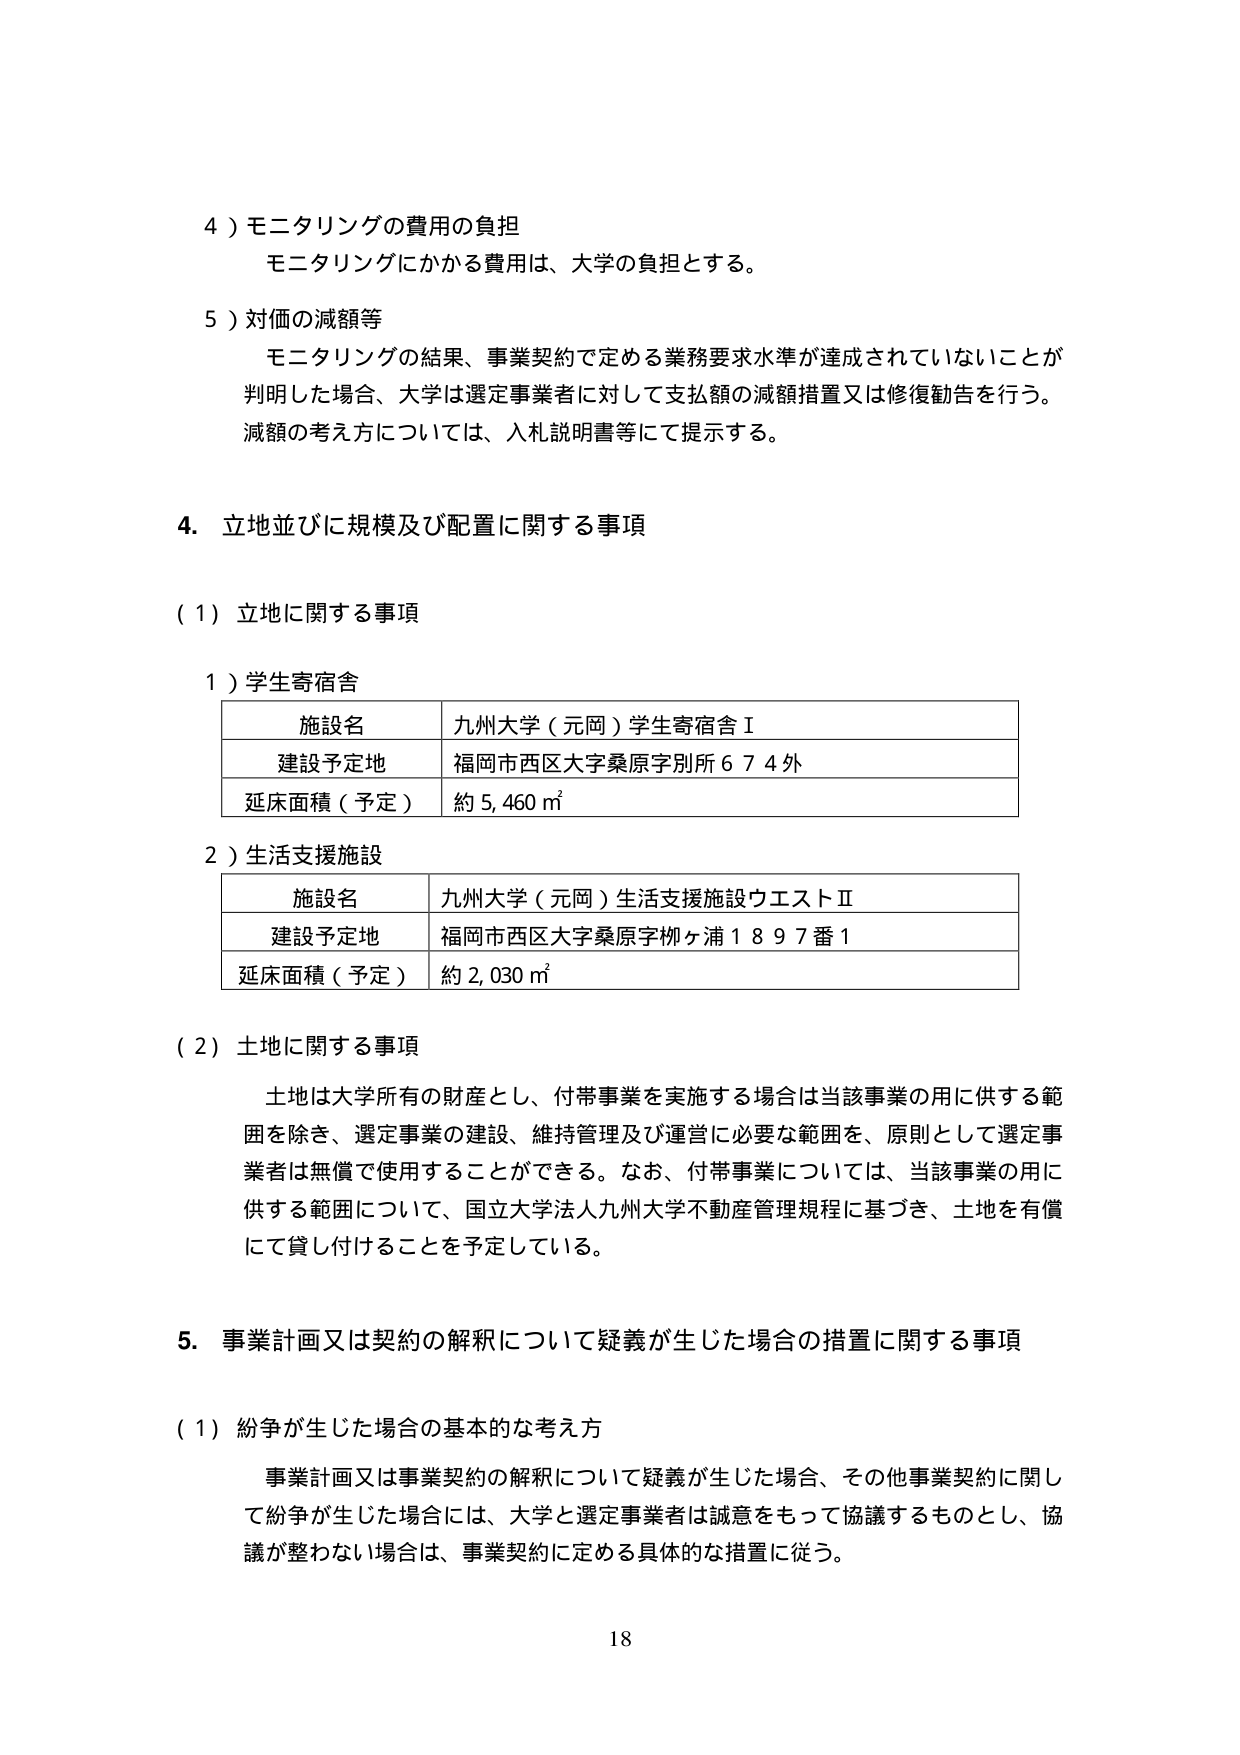
4）モニタリングの費用の負担
モニタリングにかかる費用は、大学の負担とする。

5）対価の減額等
モニタリングの結果、事業契約で定める業務要求水準が達成されていないことが判明した場合、大学は選定事業者に対して支払額の減額措置又は修復勧告を行う。
減額の考え方については、入札説明書等にて提示する。

4. 立地並びに規模及び配置に関する事項

（1）立地に関する事項

1）学生寄宿舎
| 施設名 | 九州大学（元岡）学生寄宿舎Ⅰ |
| 建設予定地 | 福岡市西区大字桑原字別所６７４外 |
| 延床面積（予定） | 約 5,460 ㎡ |

2）生活支援施設
| 施設名 | 九州大学（元岡）生活支援施設ウエストⅡ |
| 建設予定地 | 福岡市西区大字桑原字柳ヶ浦１８９７番１ |
| 延床面積（予定） | 約 2,030 ㎡ |

（2）土地に関する事項
土地は大学所有の財産とし、付帯事業を実施する場合は当該事業の用に供する範囲を除き、選定事業の建設、維持管理及び運営に必要な範囲を、原則として選定事業者は無償で使用することができる。なお、付帯事業については、当該事業の用に供する範囲について、国立大学法人九州大学不動産管理規程に基づき、土地を有償にて貸し付けることを予定している。

5. 事業計画又は契約の解釈について疑義が生じた場合の措置に関する事項

（1）紛争が生じた場合の基本的な考え方
事業計画又は事業契約の解釈について疑義が生じた場合、その他事業契約に関して紛争が生じた場合には、大学と選定事業者は誠意をもって協議するものとし、協議が整わない場合は、事業契約に定める具体的な措置に従う。

18